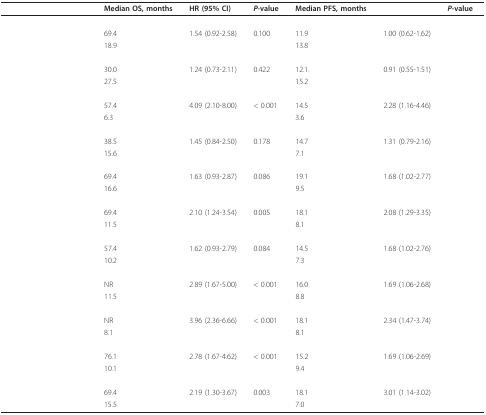
<table><thead><tr><td>[EMPTY_CELL]</td><td><b>Median OS, months</b></td><td><b>HR (95% CI)</b></td><td><b><i>P</i>-value</b></td><td><b>Median PFS, months</b></td><td>[EMPTY_CELL]</td><td><b><i>P</i>-value</b></td></tr></thead><tbody><tr><td>[EMPTY_CELL]</td><td>[EMPTY_CELL]</td><td>[EMPTY_CELL]</td><td>[EMPTY_CELL]</td><td>[EMPTY_CELL]</td><td>[EMPTY_CELL]</td><td>[EMPTY_CELL]</td></tr><tr><td>[EMPTY_CELL]</td><td>69.4</td><td>1.54 (0.92-2.58)</td><td>0.100</td><td>11.9</td><td>1.00 (0.62-1.62)</td><td>[EMPTY_CELL]</td></tr><tr><td>[EMPTY_CELL]</td><td>18.9</td><td>[EMPTY_CELL]</td><td>[EMPTY_CELL]</td><td>13.8</td><td>[EMPTY_CELL]</td><td>[EMPTY_CELL]</td></tr><tr><td>[EMPTY_CELL]</td><td>[EMPTY_CELL]</td><td>[EMPTY_CELL]</td><td>[EMPTY_CELL]</td><td>[EMPTY_CELL]</td><td>[EMPTY_CELL]</td><td>[EMPTY_CELL]</td></tr><tr><td>[EMPTY_CELL]</td><td>30.0</td><td>1.24 (0.73-2.11)</td><td>0.422</td><td>12.1.</td><td>0.91 (0.55-1.51)</td><td>[EMPTY_CELL]</td></tr><tr><td>[EMPTY_CELL]</td><td>27.5</td><td>[EMPTY_CELL]</td><td>[EMPTY_CELL]</td><td>15.2</td><td>[EMPTY_CELL]</td><td>[EMPTY_CELL]</td></tr><tr><td>[EMPTY_CELL]</td><td>[EMPTY_CELL]</td><td>[EMPTY_CELL]</td><td>[EMPTY_CELL]</td><td>[EMPTY_CELL]</td><td>[EMPTY_CELL]</td><td>[EMPTY_CELL]</td></tr><tr><td>[EMPTY_CELL]</td><td>57.4</td><td>4.09 (2.10-8.00)</td><td>&lt; 0.001</td><td>14.5</td><td>2.28 (1.16-4.46)</td><td>[EMPTY_CELL]</td></tr><tr><td>[EMPTY_CELL]</td><td>6.3</td><td>[EMPTY_CELL]</td><td>[EMPTY_CELL]</td><td>3.6</td><td>[EMPTY_CELL]</td><td>[EMPTY_CELL]</td></tr><tr><td>[EMPTY_CELL]</td><td>[EMPTY_CELL]</td><td>[EMPTY_CELL]</td><td>[EMPTY_CELL]</td><td>[EMPTY_CELL]</td><td>[EMPTY_CELL]</td><td>[EMPTY_CELL]</td></tr><tr><td>[EMPTY_CELL]</td><td>38.5</td><td>1.45 (0.84-2.50)</td><td>0.178</td><td>14.7</td><td>1.31 (0.79-2.16)</td><td>[EMPTY_CELL]</td></tr><tr><td>[EMPTY_CELL]</td><td>15.6</td><td>[EMPTY_CELL]</td><td>[EMPTY_CELL]</td><td>7.1</td><td>[EMPTY_CELL]</td><td>[EMPTY_CELL]</td></tr><tr><td>[EMPTY_CELL]</td><td>[EMPTY_CELL]</td><td>[EMPTY_CELL]</td><td>[EMPTY_CELL]</td><td>[EMPTY_CELL]</td><td>[EMPTY_CELL]</td><td>[EMPTY_CELL]</td></tr><tr><td>[EMPTY_CELL]</td><td>69.4</td><td>1.63 (0.93-2.87)</td><td>0.086</td><td>19.1</td><td>1.68 (1.02-2.77)</td><td>[EMPTY_CELL]</td></tr><tr><td>[EMPTY_CELL]</td><td>16.6</td><td>[EMPTY_CELL]</td><td>[EMPTY_CELL]</td><td>9.5</td><td>[EMPTY_CELL]</td><td>[EMPTY_CELL]</td></tr><tr><td>[EMPTY_CELL]</td><td>[EMPTY_CELL]</td><td>[EMPTY_CELL]</td><td>[EMPTY_CELL]</td><td>[EMPTY_CELL]</td><td>[EMPTY_CELL]</td><td>[EMPTY_CELL]</td></tr><tr><td>[EMPTY_CELL]</td><td>69.4</td><td>2.10 (1.24-3.54)</td><td>0.005</td><td>18.1</td><td>2.08 (1.29-3.35)</td><td>[EMPTY_CELL]</td></tr><tr><td>[EMPTY_CELL]</td><td>11.5</td><td>[EMPTY_CELL]</td><td>[EMPTY_CELL]</td><td>8.1</td><td>[EMPTY_CELL]</td><td>[EMPTY_CELL]</td></tr><tr><td>[EMPTY_CELL]</td><td>[EMPTY_CELL]</td><td>[EMPTY_CELL]</td><td>[EMPTY_CELL]</td><td>[EMPTY_CELL]</td><td>[EMPTY_CELL]</td><td>[EMPTY_CELL]</td></tr><tr><td>[EMPTY_CELL]</td><td>57.4</td><td>1.62 (0.93-2.79)</td><td>0.084</td><td>14.5</td><td>1.68 (1.02-2.76)</td><td>[EMPTY_CELL]</td></tr><tr><td>[EMPTY_CELL]</td><td>10.2</td><td>[EMPTY_CELL]</td><td>[EMPTY_CELL]</td><td>7.3</td><td>[EMPTY_CELL]</td><td>[EMPTY_CELL]</td></tr><tr><td>[EMPTY_CELL]</td><td>[EMPTY_CELL]</td><td>[EMPTY_CELL]</td><td>[EMPTY_CELL]</td><td>[EMPTY_CELL]</td><td>[EMPTY_CELL]</td><td>[EMPTY_CELL]</td></tr><tr><td>[EMPTY_CELL]</td><td>NR</td><td>2.89 (1.67-5.00)</td><td>&lt; 0.001</td><td>16.0</td><td>1.69 (1.06-2.68)</td><td>[EMPTY_CELL]</td></tr><tr><td>[EMPTY_CELL]</td><td>11.5</td><td>[EMPTY_CELL]</td><td>[EMPTY_CELL]</td><td>8.8</td><td>[EMPTY_CELL]</td><td>[EMPTY_CELL]</td></tr><tr><td>[EMPTY_CELL]</td><td>[EMPTY_CELL]</td><td>[EMPTY_CELL]</td><td>[EMPTY_CELL]</td><td>[EMPTY_CELL]</td><td>[EMPTY_CELL]</td><td>[EMPTY_CELL]</td></tr><tr><td>[EMPTY_CELL]</td><td>NR</td><td>3.96 (2.36-6.66)</td><td>&lt; 0.001</td><td>18.1</td><td>2.34 (1.47-3.74)</td><td>[EMPTY_CELL]</td></tr><tr><td>[EMPTY_CELL]</td><td>8.1</td><td>[EMPTY_CELL]</td><td>[EMPTY_CELL]</td><td>8.1</td><td>[EMPTY_CELL]</td><td>[EMPTY_CELL]</td></tr><tr><td>[EMPTY_CELL]</td><td>[EMPTY_CELL]</td><td>[EMPTY_CELL]</td><td>[EMPTY_CELL]</td><td>[EMPTY_CELL]</td><td>[EMPTY_CELL]</td><td>[EMPTY_CELL]</td></tr><tr><td>[EMPTY_CELL]</td><td>76.1</td><td>2.78 (1.67-4.62)</td><td>&lt; 0.001</td><td>15.2</td><td>1.69 (1.06-2.69)</td><td>[EMPTY_CELL]</td></tr><tr><td>[EMPTY_CELL]</td><td>10.1</td><td>[EMPTY_CELL]</td><td>[EMPTY_CELL]</td><td>9.4</td><td>[EMPTY_CELL]</td><td>[EMPTY_CELL]</td></tr><tr><td>[EMPTY_CELL]</td><td>[EMPTY_CELL]</td><td>[EMPTY_CELL]</td><td>[EMPTY_CELL]</td><td>[EMPTY_CELL]</td><td>[EMPTY_CELL]</td><td>[EMPTY_CELL]</td></tr><tr><td>[EMPTY_CELL]</td><td>69.4</td><td>2.19 (1.30-3.67)</td><td>0.003</td><td>18.1</td><td>3.01 (1.14-3.02)</td><td>[EMPTY_CELL]</td></tr><tr><td>[EMPTY_CELL]</td><td>15.5</td><td>[EMPTY_CELL]</td><td>[EMPTY_CELL]</td><td>7.0</td><td>[EMPTY_CELL]</td><td>[EMPTY_CELL]</td></tr></tbody></table>